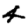
Digit: 4